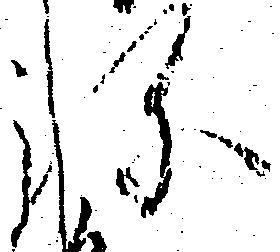
弥